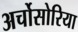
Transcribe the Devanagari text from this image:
अर्चोसोरिया